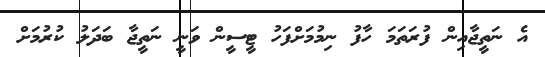
އެ ނަތީޖާއިން ފުރަތަމަ ހާފު ނިމުމަށްފަހު ޓީސީން ވަނީ ނަތީޖާ ބަދަލު ކުރުމަށް